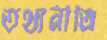
তথ্যনীতি